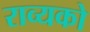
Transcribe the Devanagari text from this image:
राव्यको